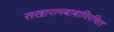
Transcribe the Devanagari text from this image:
सखारामबाबाविरचित